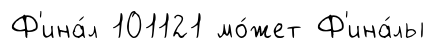
Ф'ина́л 101121 мо́жет Ф'ина́лы